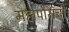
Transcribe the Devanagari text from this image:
महापौरांची